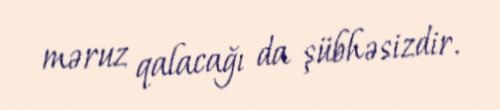
məruz qalacağı da şübhəsizdir.